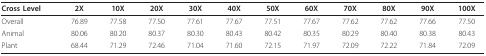
<table><thead><tr><td><b>Cross Level</b></td><td><b>2X</b></td><td><b>10X</b></td><td><b>20X</b></td><td><b>30X</b></td><td><b>40X</b></td><td><b>50X</b></td><td><b>60X</b></td><td><b>70X</b></td><td><b>80X</b></td><td><b>90X</b></td><td><b>100X</b></td></tr></thead><tbody><tr><td>Overall</td><td>76.89</td><td>77.58</td><td>77.50</td><td>77.61</td><td>77.67</td><td>77.51</td><td>77.67</td><td>77.62</td><td>77.62</td><td>77.66</td><td>77.50</td></tr><tr><td>Animal</td><td>80.06</td><td>80.20</td><td>80.37</td><td>80.30</td><td>80.43</td><td>80.42</td><td>80.35</td><td>80.29</td><td>80.40</td><td>80.38</td><td>80.43</td></tr><tr><td>Plant</td><td>68.44</td><td>71.29</td><td>72.46</td><td>71.04</td><td>71.60</td><td>72.15</td><td>71.97</td><td>72.09</td><td>72.22</td><td>71.84</td><td>72.09</td></tr></tbody></table>